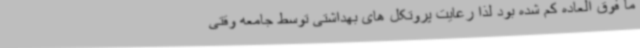
ما فوق العاده کم شده بود لذا رعایت پروتکل های بهداشتی توسط جامعه وقتی